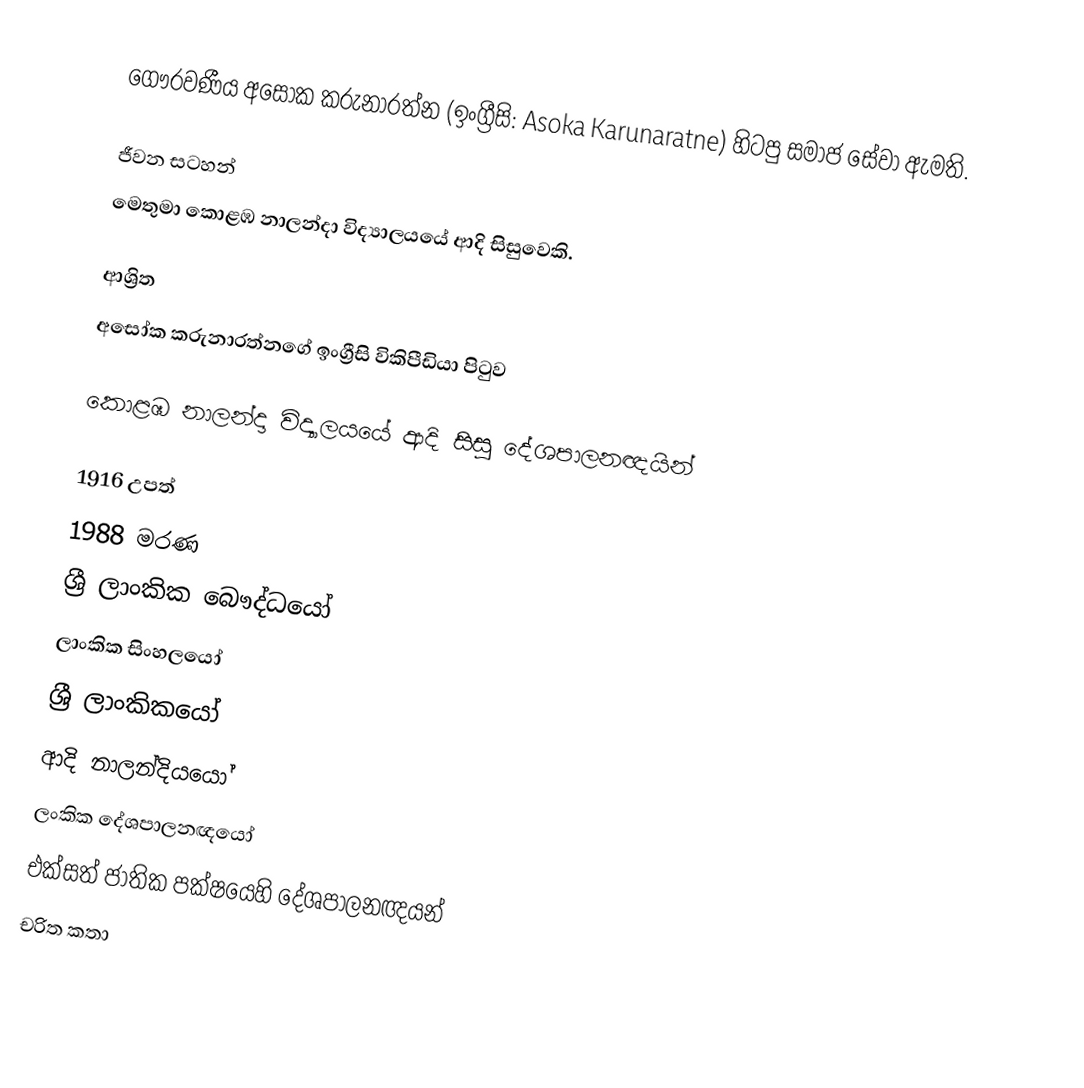
ගෞරවණීය අසෝක කරුනාරත්න (ඉංග්‍රීසි: Asoka Karunaratne) හිටපු සමාජ සේවා ඇමති.

ජීවන සටහන්
මෙතුමා  කොළඹ නාලන්දා විද්‍යාලයයේ ආදි සිසුවෙකි.

ආශ්‍රිත
අසෝක කරුනාරත්නගේ ඉංග්‍රීසි විකිපීඩියා පිටුව

කොළඹ නාලන්දා විද්‍යාලයයේ ආදි සිසු දේශපාලනඥයින්

1916 උපත්
1988 මරණ
ශ්‍රී ලාංකික බෞද්ධයෝ
ලාංකික සිංහලයෝ
ශ්‍රී ලාංකිකයෝ
ආදි නාලන්දියයෝ
ලංකික දේශපාලනඥයෝ
එක්සත් ජාතික පක්ෂයෙහි දේශපාලනඥයන්
චරිත කතා